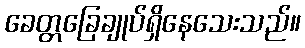
ခေတ္တခြေချုပ်ရှိနေသေးသည်။